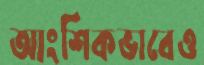
আংশিকভাবেও